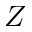
Z